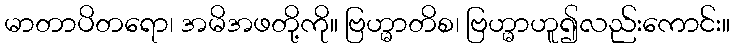
မာတာပိတရော၊ အမိအဖတို့ကို။ ဗြဟ္မာတိစ၊ ဗြဟ္မာဟူ၍လည်းကောင်း။